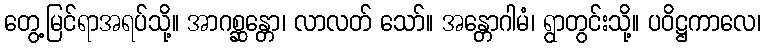
တွေ့မြင်ရာအရပ်သို့။ အာဂစ္ဆန္တော၊ လာလတ် သော်။ အန္တောဂါမံ၊ ရွာတွင်းသို့။ ပဝိဋ္ဌကာလေ၊